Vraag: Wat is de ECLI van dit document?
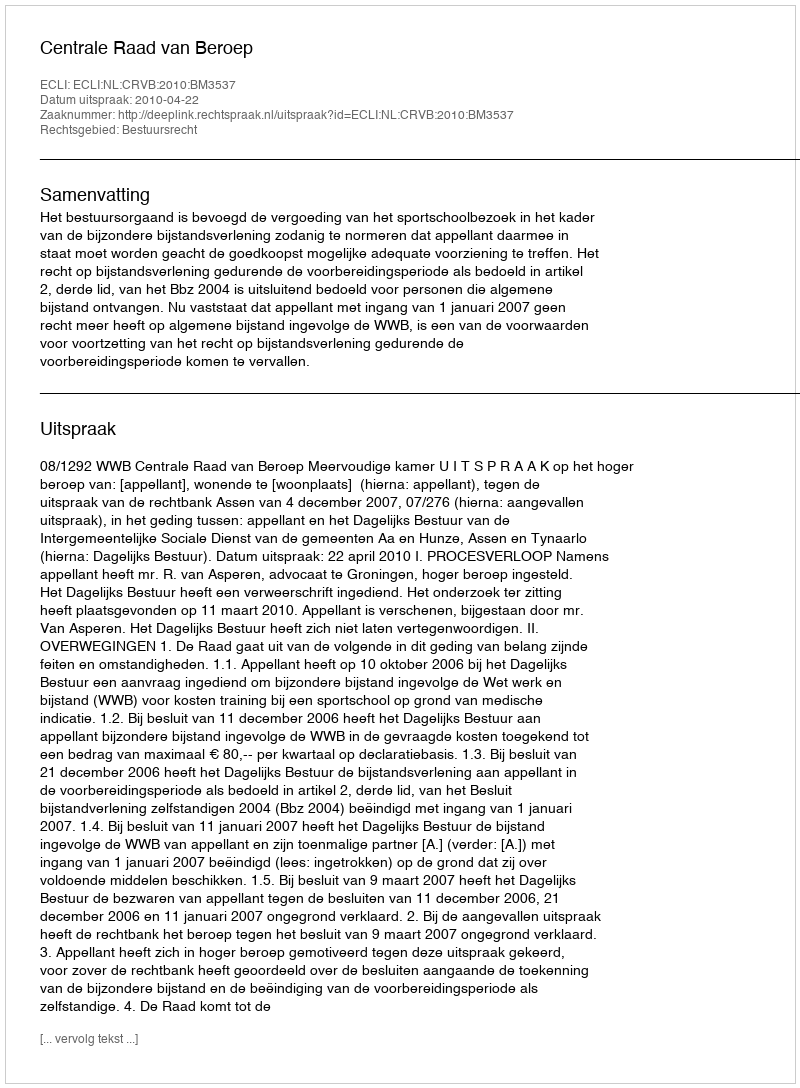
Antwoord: ECLI:NL:CRVB:2010:BM3537